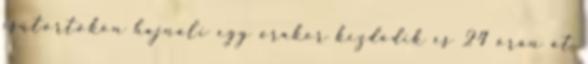
csütörtökön hajnali egy órakor kezdődik és 24 órán át